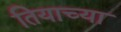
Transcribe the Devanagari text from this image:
तियाच्या